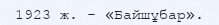
1923 ж. - «Байшұбар».